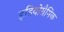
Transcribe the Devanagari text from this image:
इडियोग्रैमिक